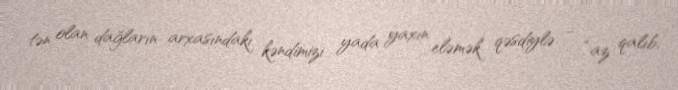
tən olan dağların arxasındakı kəndimizi yada yaxın eləmək qəsdiylə - “az qalıb,